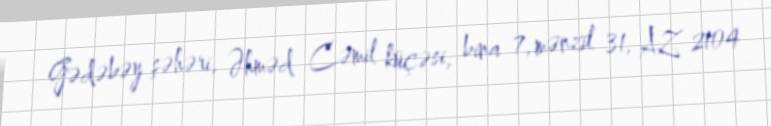
Gədəbəy şəhəri, Əhməd Cəmil küçəsi, bina 7, mənzil 31, AZ 2104